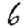
Digit: 6